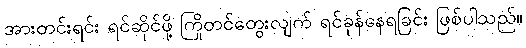
အားတင်းရင်း ရင်ဆိုင်ဖို့ ကြိုတင်တွေးလျက် ရင်ခုန်နေရခြင်း ဖြစ်ပါသည်။